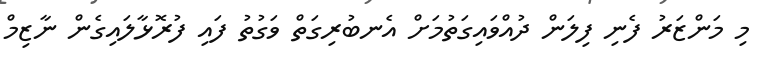
މި މަންޒަރު ފެނި ފިލަން ދުއްވައިގަތުމަށް އެނބުރިގަތް ވަގުތު ފައި ފުރޮޅާލައިގެން ނާޒިމް